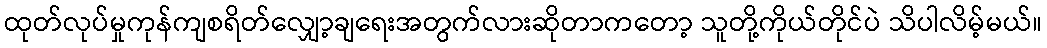
ထုတ်လုပ်မှုကုန်ကျစရိတ်လျှော့ချရေးအတွက်လားဆိုတာကတော့ သူတို့ကိုယ်တိုင်ပဲ သိပါလိမ့်မယ်။